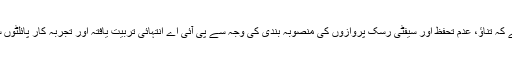
لیکن، یہ بات درست ہے کہ تناﺅ، عدم تحفظ اور سیفٹی رسک پروازوں کی منصوبہ بندی کی وجہ سے پی آئی اے انتہائی تربیت یافتہ اور تجربہ کار پائلٹوں سے محروم ہو رہی ہے۔